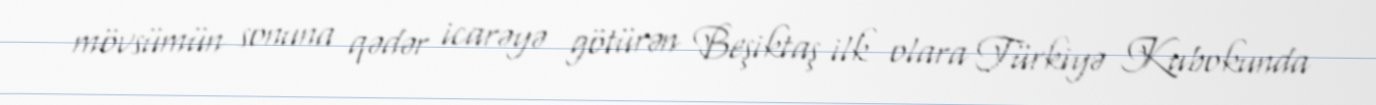
mövsümün sonuna qədər icarəyə götürən Beşiktaş ilk olara Türkiyə Kubokunda